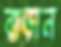
বাড়ান